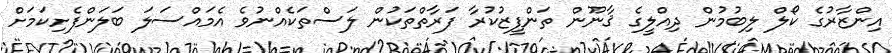
އިންޒާރުގެ ކޯލް ލިބުމުން ދިއްލީގެ ޤާނޫން ތަންފީޒުކުރާ ފަރާތްތަކުން ލަސްތަކެއްނުވެ އެމައްސަލަ ބަލަންފެށިކަމަށް